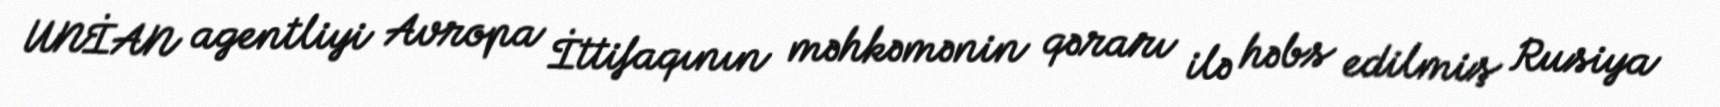
UNİAN agentliyi Avropa İttifaqının məhkəmənin qərarı ilə həbs edilmiş Rusiya